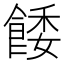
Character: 餧